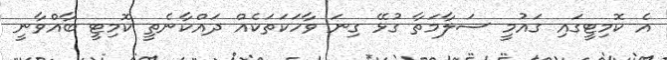
އެ ކޮމިޓީގައި ގައުމީ ސަލާމަތާ ގުޅޭ ގިނަ ވާހަކަތަކެއް ދައްކާނެތީ ކޮމިޓީ ބާއްވާނީ